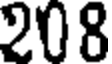
208